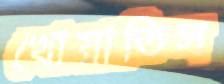
খোয়াতিস